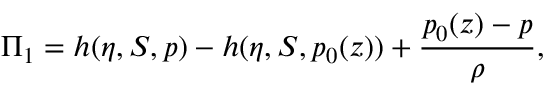
\Pi _ { 1 } = h ( \eta , S , p ) - h ( \eta , S , p _ { 0 } ( z ) ) + \frac { p _ { 0 } ( z ) - p } { \rho } ,